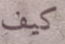
كيف